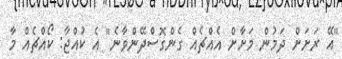
"އޭ ރަށަށް ދަމުން މަށާށް އެއްޗެއް ގެންގޮސްދޭންވާނެ" އެ ކުއްޖާ: ކޯއްޗެއް މާ